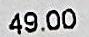
49.00